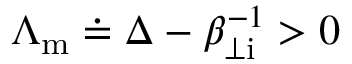
\Lambda _ { \mathrm { m } } \doteq \Delta - \beta _ { \perp \mathrm { i } } ^ { - 1 } > 0